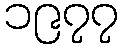
၁၉၇၇